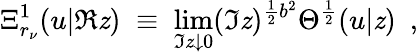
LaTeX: \Xi_{r_{\nu}}^{1}(u|\Re\mathit{z})\; \equiv\; \operatorname*{lim}_{\Im\mathit{z}\downarrow0}(\Im\mathit{z})^{\frac{{1}}{{2}}b^{2}}\Theta^{\frac{{1}}{{2}}}(u|\mathit{z})\ \ ,